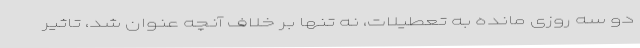
دو سه روزی مانده به تعطیلات، نه تنها بر خلاف آنچه عنوان شد، تاثیر